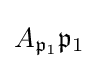
A_{{\mathfrak {p}}_{1}}{\mathfrak {p}}_{1}